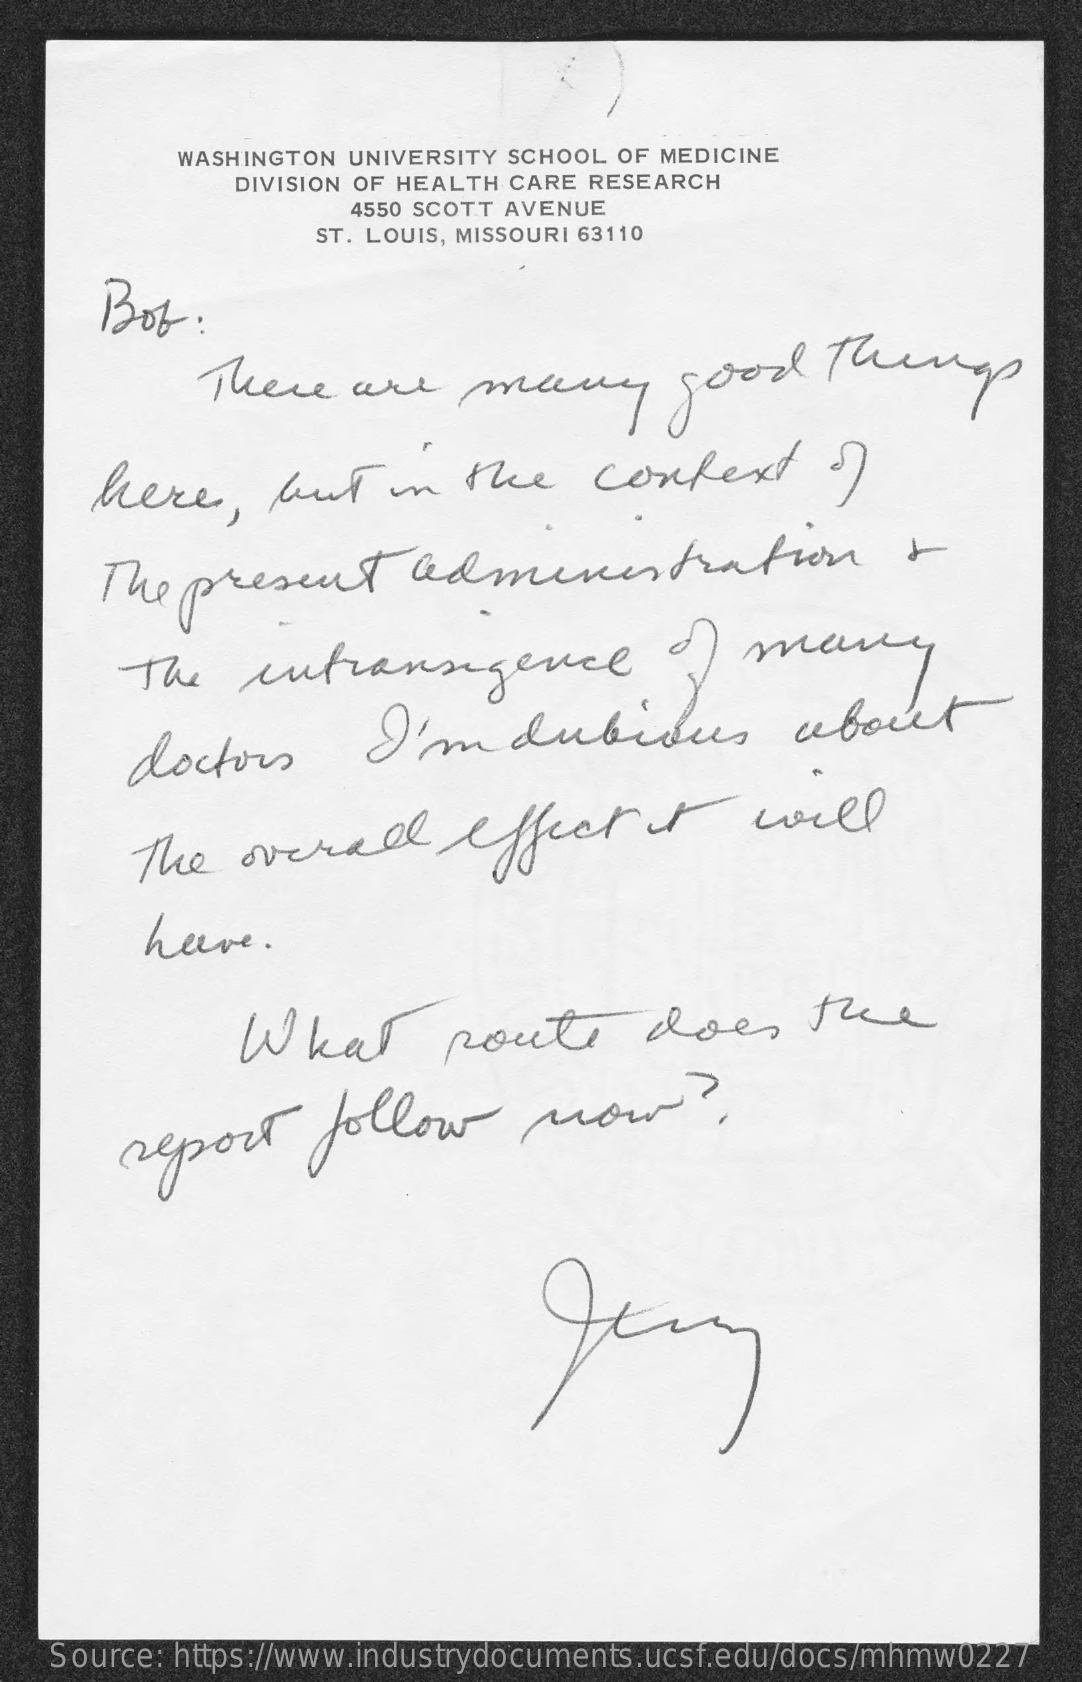
WASHINGTON UNIVERSITY SCHOOL OF MEDICINE
     DIVISION OF HEALTH CARE RESEARCH
     4550 SCOTT AVENUE
     ST. LOUIS, MISSOURI 63110
     Bob   :
     There   are    many    good    Thing
     here,    but    in  the    context    of
     The  present    administration    +
     The   intransigence    of  many
     doctors    I'mdubious    about
     The   overall    effect    I    will
     have.
     What    route    does    the
     report    follow    now    ?.
    Source: https://www.industrydocuments.ucsf.edu/docs/mhmw0227